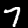
Digit: 7